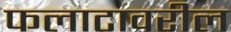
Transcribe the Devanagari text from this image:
फलाटावरील